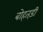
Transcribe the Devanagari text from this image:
बोहतड़ी